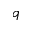
q